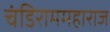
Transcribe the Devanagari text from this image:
चंडिराममहाराज